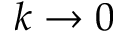
k \to 0